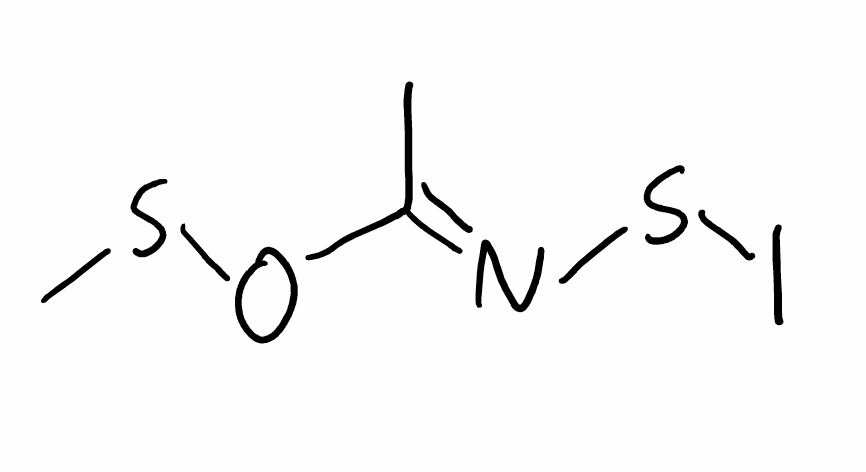
Simplified molecular-input line-entry system (SMILES) notation of the given molecule:
C/C(=N\SI)/OSI